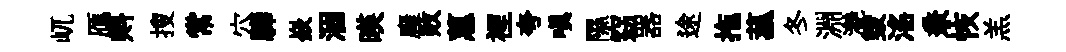
屼鴈㪺搜常穴驊嶔涸暎廱敗蕙裡夸嗔隰窈器途拖菰冬淵灔毀滛兼恢羔